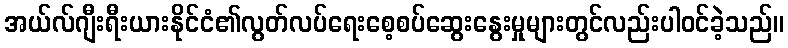
အယ်လ်ဂျီးရီးယားနိုင်ငံ၏လွတ်လပ်ရေးစေ့စပ်ဆွေးနွေးမှုများတွင်လည်းပါဝင်ခဲ့သည်။